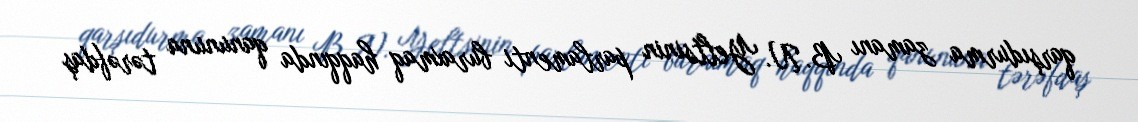
qarşıdurma zamanı B. N. Yeltsinin parlamenti buraxmaq haqqında qanununa tərəfdaş